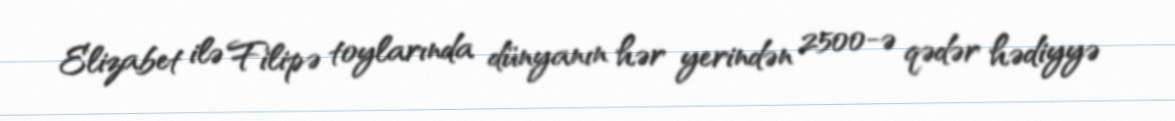
Elizabet ilə Filipə toylarında dünyanın hər yerindən 2500-ə qədər hədiyyə